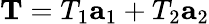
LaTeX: \textbf{T}=T_{1}\textbf{a}_{1}+T_{2}\textbf{a}_{2}